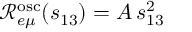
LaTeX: \mathcal { R } _ { e \mu } ^ { \mathrm { o s c } } ( s _ { 1 3 } ) = A \, s _ { 1 3 } ^ { 2 }